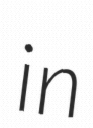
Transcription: in